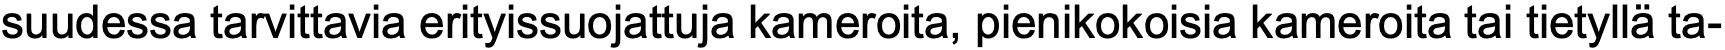
suudessa tarvittavia erityissuojattuja kameroita, pienikokoisia kameroita tai tietyllä ta-